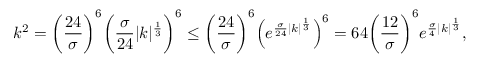
k ^ { 2 } = \bigg ( \frac { 2 4 } { \sigma } \bigg ) ^ { 6 } \bigg ( \frac { \sigma } { 2 4 } | k | ^ { \frac { 1 } { 3 } } \bigg ) ^ { 6 } \leq \bigg ( \frac { 2 4 } { \sigma } \bigg ) ^ { 6 } \Big ( e ^ { \frac { \sigma } { 2 4 } | k | ^ { \frac { 1 } { 3 } } } \Big ) ^ { 6 } = 6 4 \bigg ( \frac { 1 2 } { \sigma } \bigg ) ^ { 6 } e ^ { \frac { \sigma } { 4 } | k | ^ { \frac { 1 } { 3 } } } ,